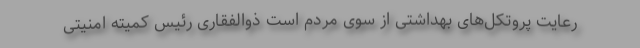
رعایت پروتکل‌های بهداشتی از سوی مردم است ذوالفقاری رئیس کمیته امنیتی